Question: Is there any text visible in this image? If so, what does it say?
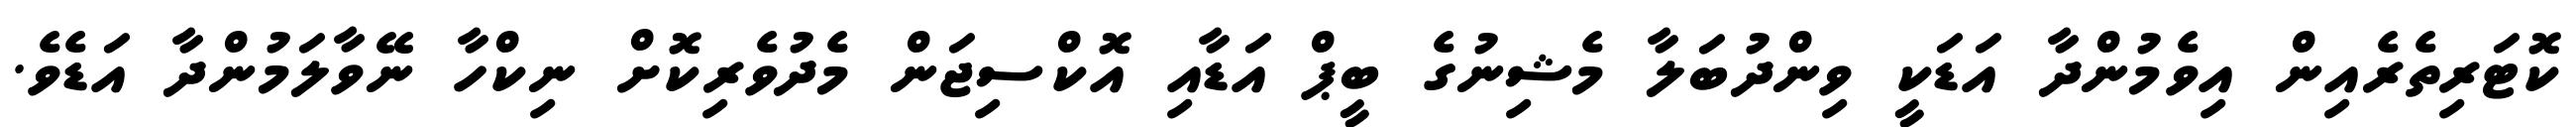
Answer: ކޮޓަރިތެރެއިން އިވެމުންދާ އަޑަކީ ވިންދުބަލާ މެޝިނުގެ ބީޕް އަޑާއި އޮކްސިޖަން މެދުވެރިކޮށް ނިކްހާ ނޭވާލަމުންދާ އަޑެވެ.